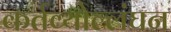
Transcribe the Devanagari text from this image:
कर्तव्योल्लंघन